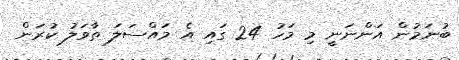
ބުނަމުން އަންނަނީ މި މަހު 24 ގައި އެ މައްސަލަަ ތާވަލު ކުރަން